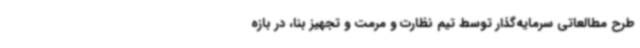
طرح مطالعاتی سرمایه‌گذار توسط تیم نظارت و مرمت و تجهیز بنا، در بازه